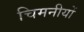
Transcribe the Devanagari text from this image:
चिमनीयों